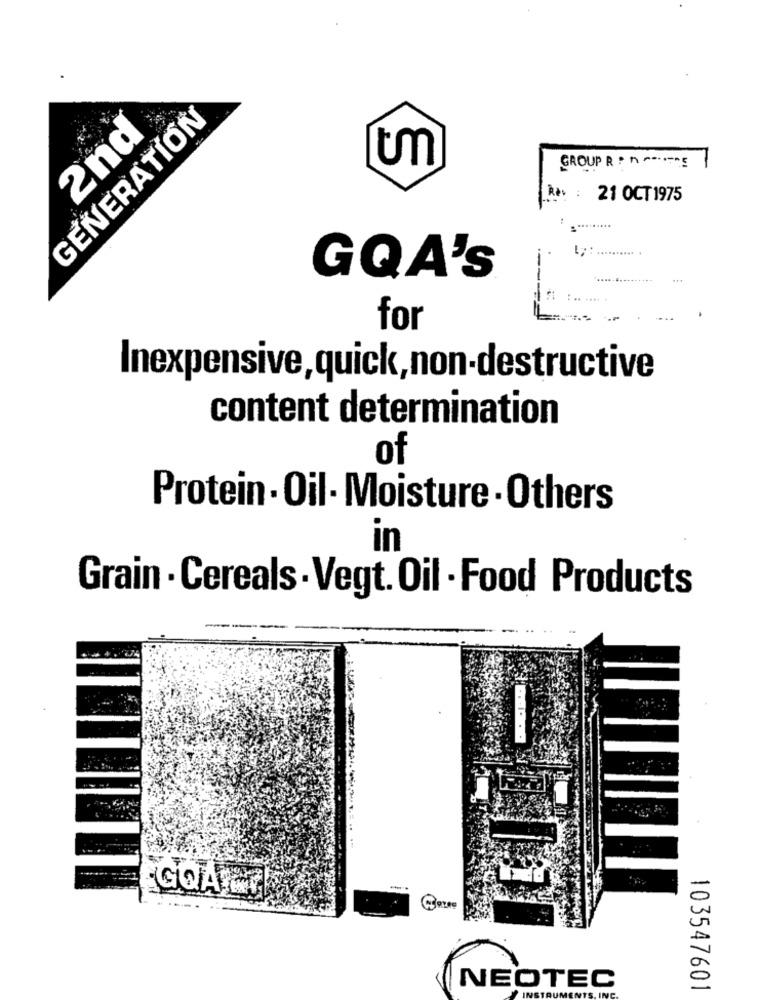
GENERATION
2nd
GROUP R . n == Ing
21 OCT 1975
:****
GQA'S
for
Inexpensive, quick, non-destructive
content determination
of
Protein . Oil- Moisture . Others
in
Grain . Cereals . Vegt. Oil . Food Products
--.
NEOTEC
LINE
103547601